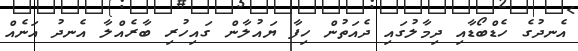
އެނދުގެ ހެޑްބޯޑާއި ދިމާލުގައި ދެއަތުން ހިފާ ޔައުލާން ގައިހުރި ބާރެއްލާ އެނދު އަނެއް